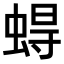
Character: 𧍋